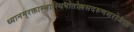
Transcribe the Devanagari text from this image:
ध्यानम्‌रक्ताम्भास्थिपोतोल्लसदरुणसरोजाङ